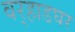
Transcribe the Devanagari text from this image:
वर्‍हाडघर